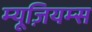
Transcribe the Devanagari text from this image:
म्यूज़ियम्स